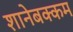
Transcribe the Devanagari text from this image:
शानेबक्कम